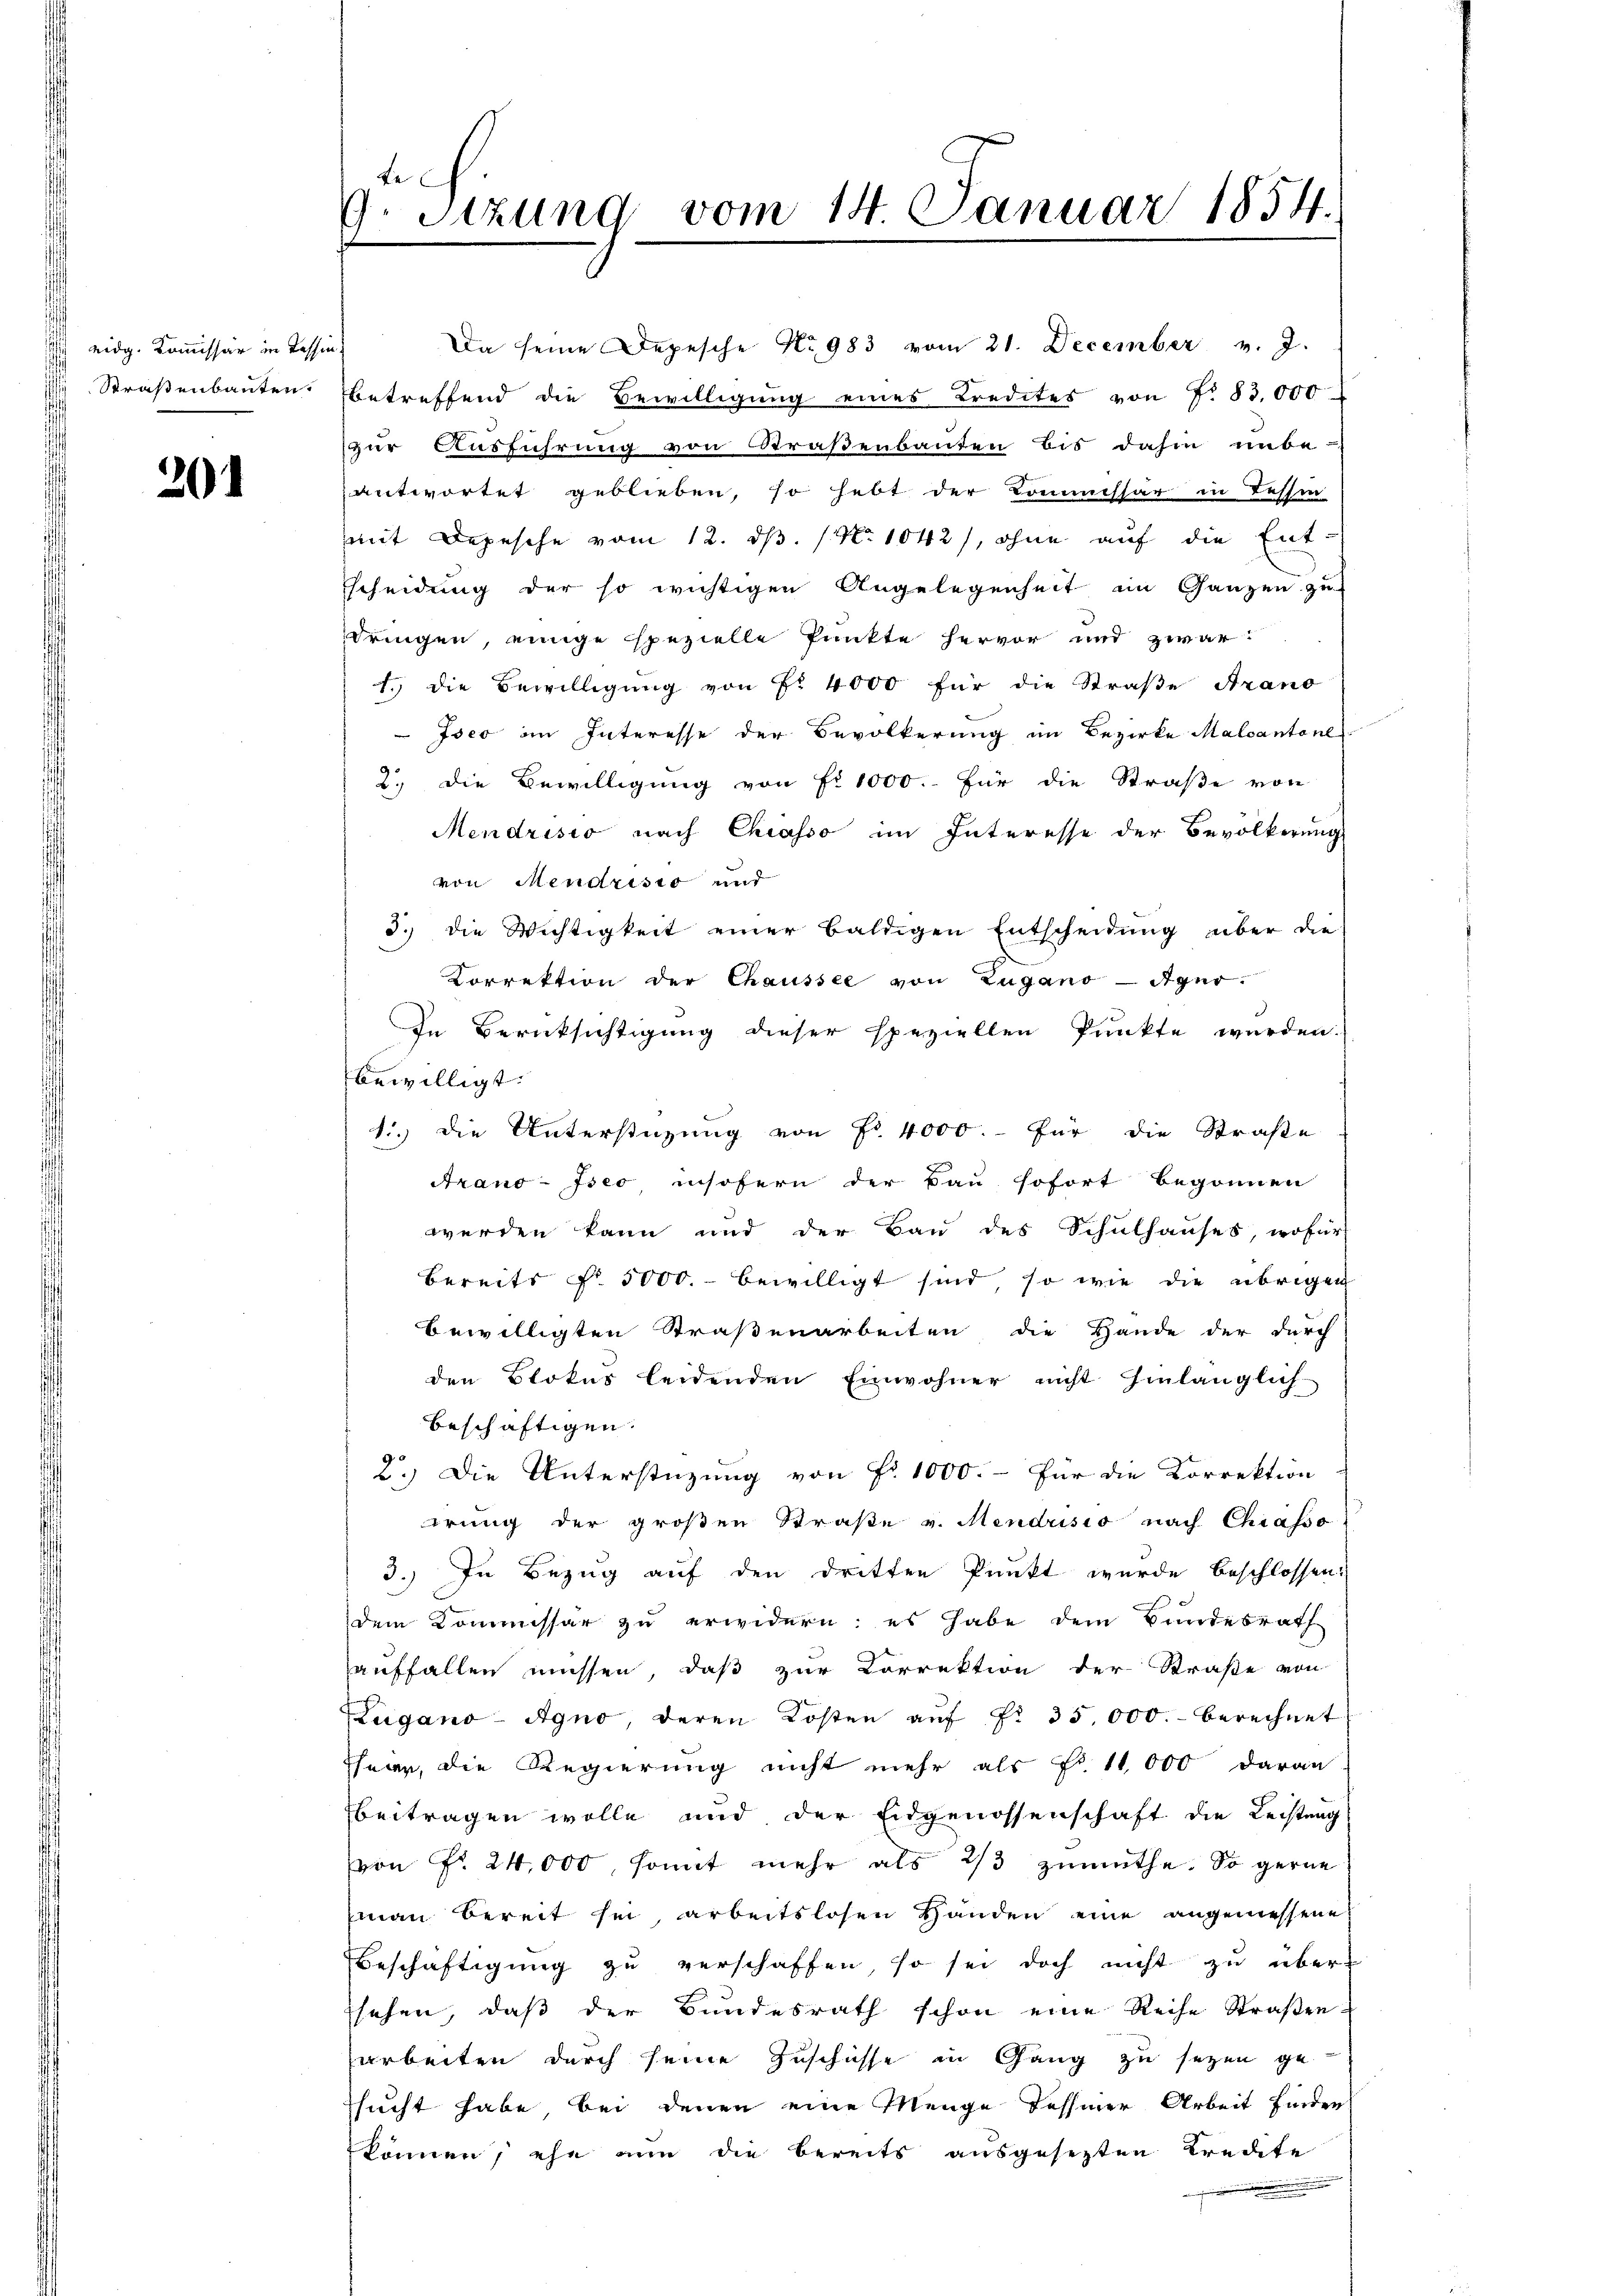
eidg. Kommissär in Tessin
Straßenbauten.

204

de
9. Sitzung vom 14. Januar 1854.

Da seine Depesche No 983 vom 21. December v. J.
betreffend die Bewilligung eines Kredites von f. 83,000
zur Ausführung von Straßenbauten bis dahin unbe-
antwortet geblieben, so hebt der Kommissar in Tessin
mmit Depesche vom 12. d. 1 No 1042/, ohne auf die Ent-
scheidung der so wichtigen Angelegenheit im Ganzen zu
dringen, einige spezielle Punkte hervor und zwar
1. die Bewilligung von Fr. 4000 für die Straβe Arano
Iseo im Interesse der Bevölkerung im Bezirke Malcantone
2.) Die Bewilligung von Fr. 1000. für die Straße von
Mendrisio nach Chiasso im Interesse der Bevölkerungs
von Mendristo und
3.) Die Wichtigkeit einer baldigen Entscheidung über die
Korrektion der Chaussee von Zugano - Agur.
In Berücksichtigung dieser speziellen Punkte werden.
bewilligt.
1.) Die Unterstüzung von Fr. 4000.- für die Straße
Arano-Iseo insofern der Bau sofort begonnen
werden kann und der Bau des Schulhauses, wofür
Bereits f. 5000. bewilligt sind, so wie die übrigen
bewilligten Straßenarbeiten die Hande der durch
den Blokus leidenden Einwohner nicht hinlänglich
beschäftigen.
2.) Die Unterstüzung von Fr. 1000.- Für die Korrektion
irung der großen Straβe v. Mendusio nach Chiasso
3.) In Bezug auf den dritten Punkt wurde beschlossen:
dem Kommissar zu erwidern; es habe dem Bundesrath
auffallen müssen, daß zur Correktion der Straße von
Zugano-Agno, deren Kosten auf Fr. 35,000.- berechnet
sheer, die Regierung nicht mehr als Nr. 11,000 daran.
beitragen wolle und der Eidgenossenschaft die Leistung
von Fr. 24,000, somit mehr als 2/3 zumuthe. So gerne
man bereit sei, arbeitslosen Handen eine angemessene
Beschäftigung zu verschaffen, so sei doch nicht zu übersehen, daß der Bundesrath schon eine Reihe Straßen-
arbeiten durch seine Zuschüsse in Gang zu sezen ge-
sucht habe, bei denen eine Menge Tessiner Arbeit finden
können, ehe nun die bereits ausgesezten Kredite
.